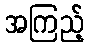
အကြည့်